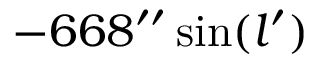
- 6 6 8 ^ { \prime \prime } \sin ( l ^ { \prime } )